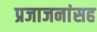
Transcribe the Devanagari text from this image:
प्रजाजनांसह